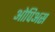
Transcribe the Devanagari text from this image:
ओपिअस